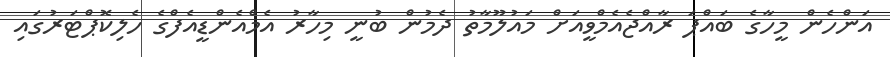
އަންހެން މީހާގެ ބައްޕަ ރާއްޖެއެމްވީއަށް މައުލޫމާތު ދެމުން ބުނީ މިހާރު އެމްއެންޑީއެފްގެ ހެލިކޮޕްޓަރުގައި